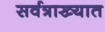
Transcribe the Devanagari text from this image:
सर्वत्राख्यात